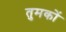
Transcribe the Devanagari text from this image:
तुमकों